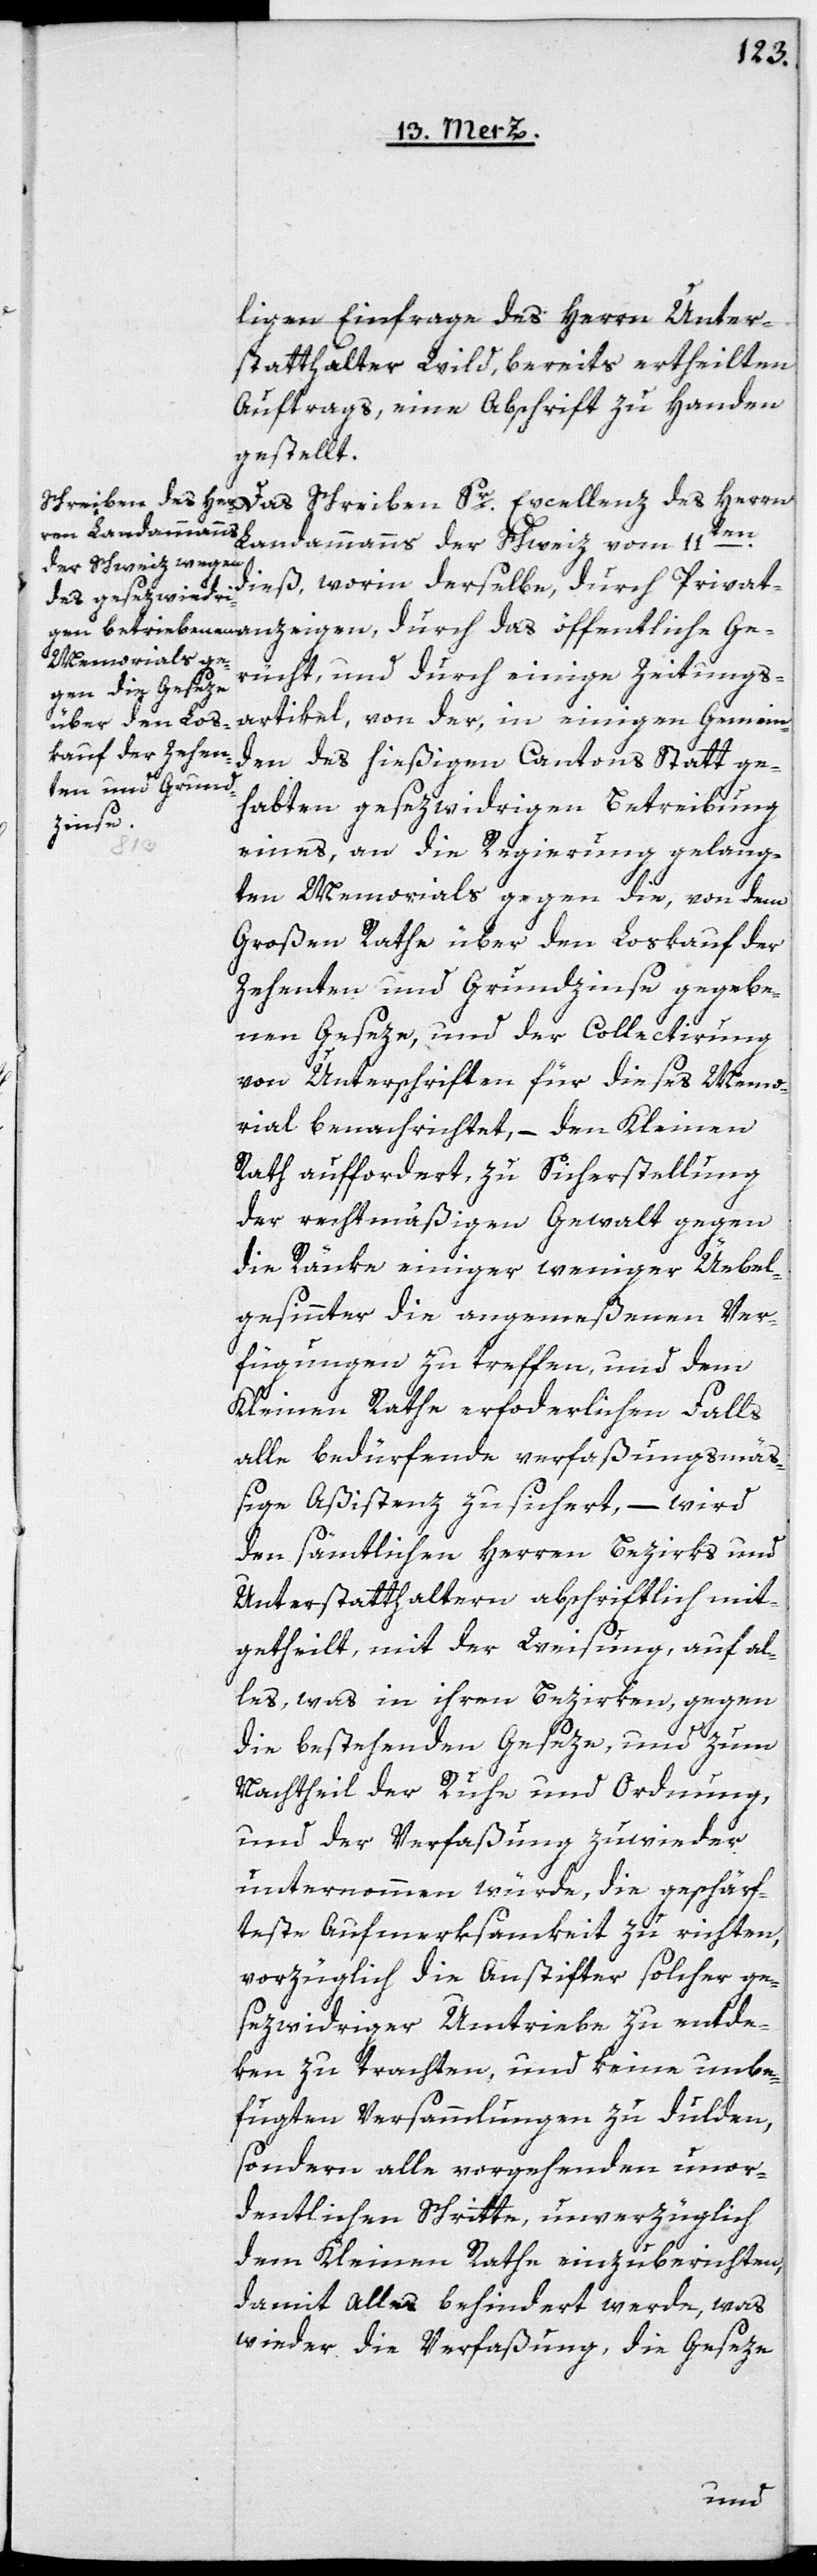
ligen Einfrage des Herrn Unter¬
statthalter Wild, bereits ertheilten
Auftrags, eine Abschrift zu Handen
gestellt.
gen,
G¬
Landammanns der Schweiz vom 11t¬
dieß, worin derselbe durch Privat¬
erücht und durch einige Zeitungs¬
artikel, von der, in einigen Gemein¬
den des hießigen Cantons Statt ge¬
habten gesezwidrigen Betreibung
anzei¬
eines, an die Regierung gelang¬
ten Memorials gegen die, von dem
Großen Rathe über den Loskauf der
Zehenten und Grundzinse gegebe¬
nen Geseze und der Collectirung
von Unterschriften für dieses Memo¬
rial benachrichtet, – den Kleinen
Rath auffordert, zu Sicherstellung
der rechtmäßigen Gewalt gegen
die Ränke einiger weniger Uebel¬
gesinnter die angemeßenen Ver¬
fügungen zu treffen, und dem
Kleinen Rathe erforderlichen Falls
alle bedürfende verfaßungsmäß¬
ige Aßistenz zusichert, – wird
den sämtlichen Herren Bezirks[-] und
Unterstatthalteren abschriftlich mit¬
getheilt, mit der Weisung, auf al¬
les, was in ihren Bezirken, gegen
die bestehenden Geseze, und zum
Nachtheil der Ruhe und Ordnung,
und der Verfaßung zuwieder
unternommen würde, die geschärf¬
teste Aufmerksamkeit zu richten,
vorzüglich die Anstifter solcher ge¬
sezwidrigen Umtriebe zu entde¬
ken zu trachten, und keine unbe¬
fugten Versammlungen zu dulden,
sondern alle vorgehenden unor¬
dentlichen Schritte unverzüglich
dem Kleinen Rathe einzuberichten,
damit Alles behindert werde, was
wieder die Verfaßung, die Geseze